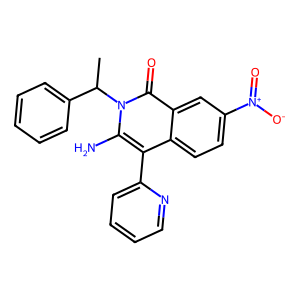
SMILES: CC(c1ccccc1)n1c(N)c(-c2ccccn2)c2ccc([N+](=O)[O-])cc2c1=O
Inhibits HIV replication: No